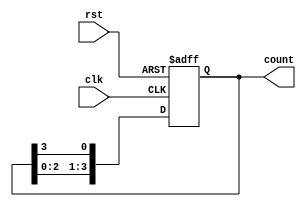
module ring_counter (
    input wire clk,
    input wire rst,
    output reg [3:0] count
);

always @ (posedge clk or posedge rst) begin
    if (rst) begin
        count <= 4'b0000;
    end else begin
        count <= {count[2:0], count[3]};
    end
end

endmodule